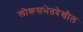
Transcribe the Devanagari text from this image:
लोकसभेतदेखील